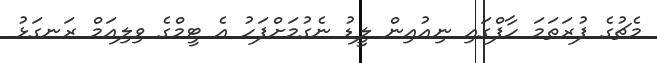
މެޗުގެ ފުރަތަމަ ހާފްގައި ނިއުއިން ލީޑު ނެގުމަށްފަހު އެ ޓީމްގެ ވިލިއަމް ރަނގަޅު